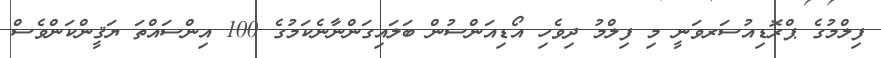
ފިލްމުގެ ޕްރޮޑިއުސަރވަނީ މި ފިލްމު ދިވެހި އޯޑިއަންސުން ބަލައިގަންނާނެކަމުގެ 100 އިންސައްތަ ޔަޤީންކަންވެސް